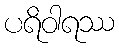
ပရိဝါရဿ